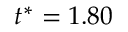
t ^ { * } = 1 . 8 0